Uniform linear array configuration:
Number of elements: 16
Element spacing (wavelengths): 1
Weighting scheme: kaiser
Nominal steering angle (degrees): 15
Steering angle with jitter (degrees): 13.457
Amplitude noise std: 0.05
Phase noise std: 0.05

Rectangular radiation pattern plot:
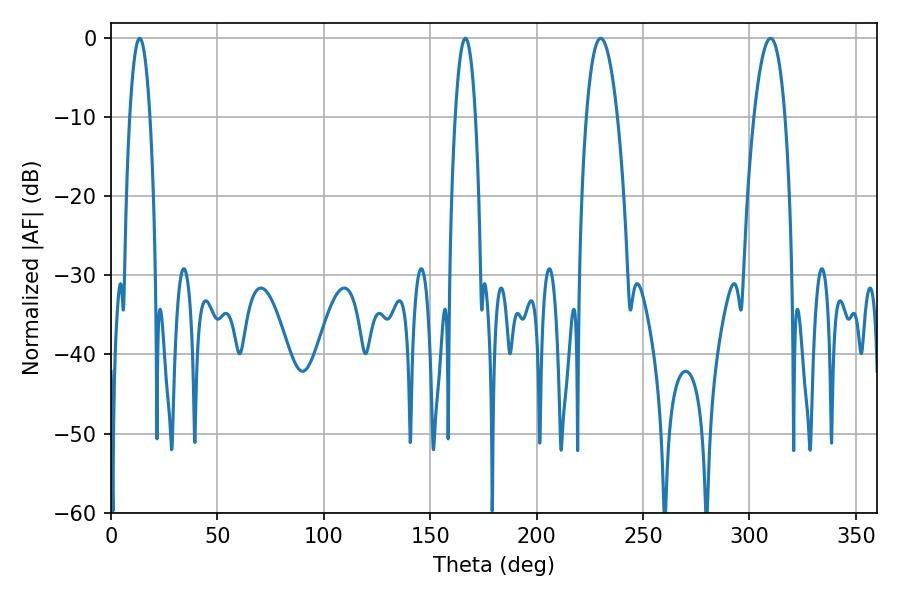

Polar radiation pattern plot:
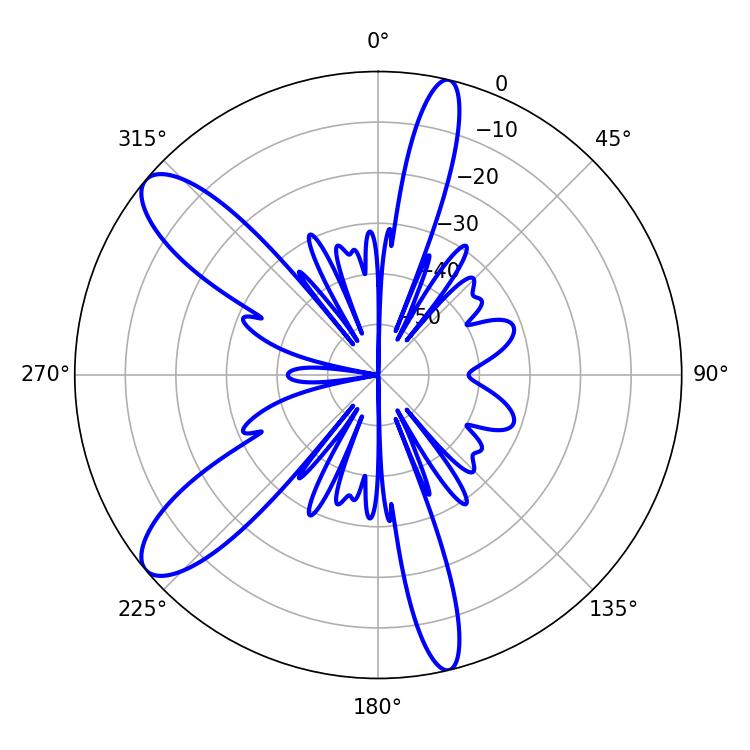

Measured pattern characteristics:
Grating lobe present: TRUE
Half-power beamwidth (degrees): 5.4
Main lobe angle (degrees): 13.5